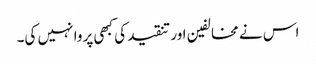
اس نے مخالفین اور تنقید کی کبھی پروا نہیں کی۔